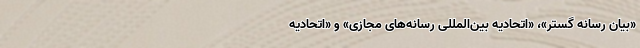
«بیان رسانه گستر»، «اتحادیه بین‌المللی رسانه‌های مجازی» و «اتحادیه